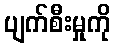
ပျက်စီးမှုကို